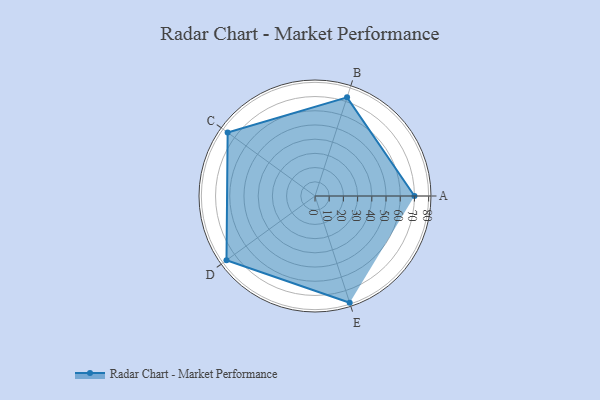
{"axis": {"x": "Skill", "y": "Score"}, "legend": ["Profile"], "data": [{"x": "A", "y": 70.0, "type": "Profile"}, {"x": "B", "y": 73.0, "type": "Profile"}, {"x": "C", "y": 76.0, "type": "Profile"}, {"x": "D", "y": 77.0, "type": "Profile"}, {"x": "E", "y": 79.0, "type": "Profile"}]}